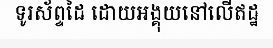
ទូរស័ព្ទដៃ ដោយអង្គុយនៅលើឥដ្ឋ